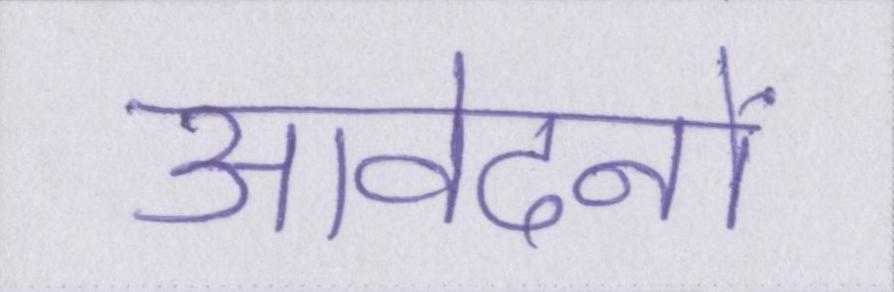
आवेदनों